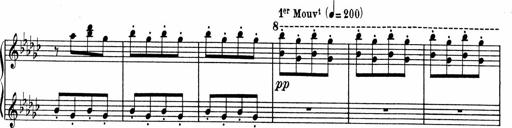
Title: Sonatine pour piano
Composer: Albert Roussel